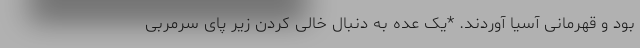
بود و قهرمانی آسیا آوردند. *یک عده به دنبال خالی کردن زیر پای سرمربی